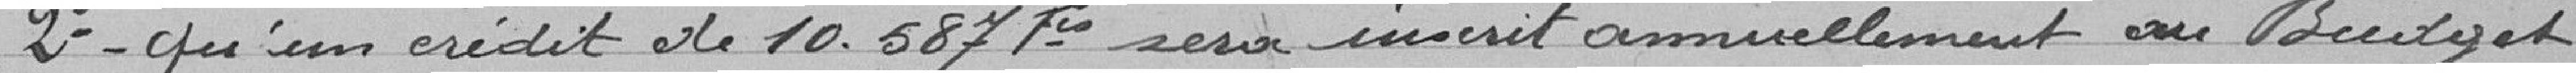
2° qu'un crédit de 10.687 francs sera ouvert annuellement au Budget